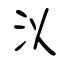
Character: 泤